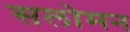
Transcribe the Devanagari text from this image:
सलोमन